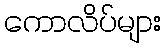
ကောလိပ်များ